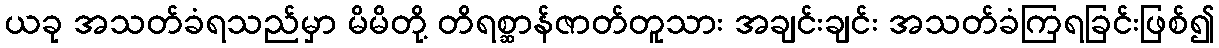
ယခု အသတ်ခံရသည်မှာ မိမိတို့ တိရစ္ဆာန်ဇာတ်တူသား အချင်းချင်း အသတ်ခံကြရခြင်းဖြစ်၍